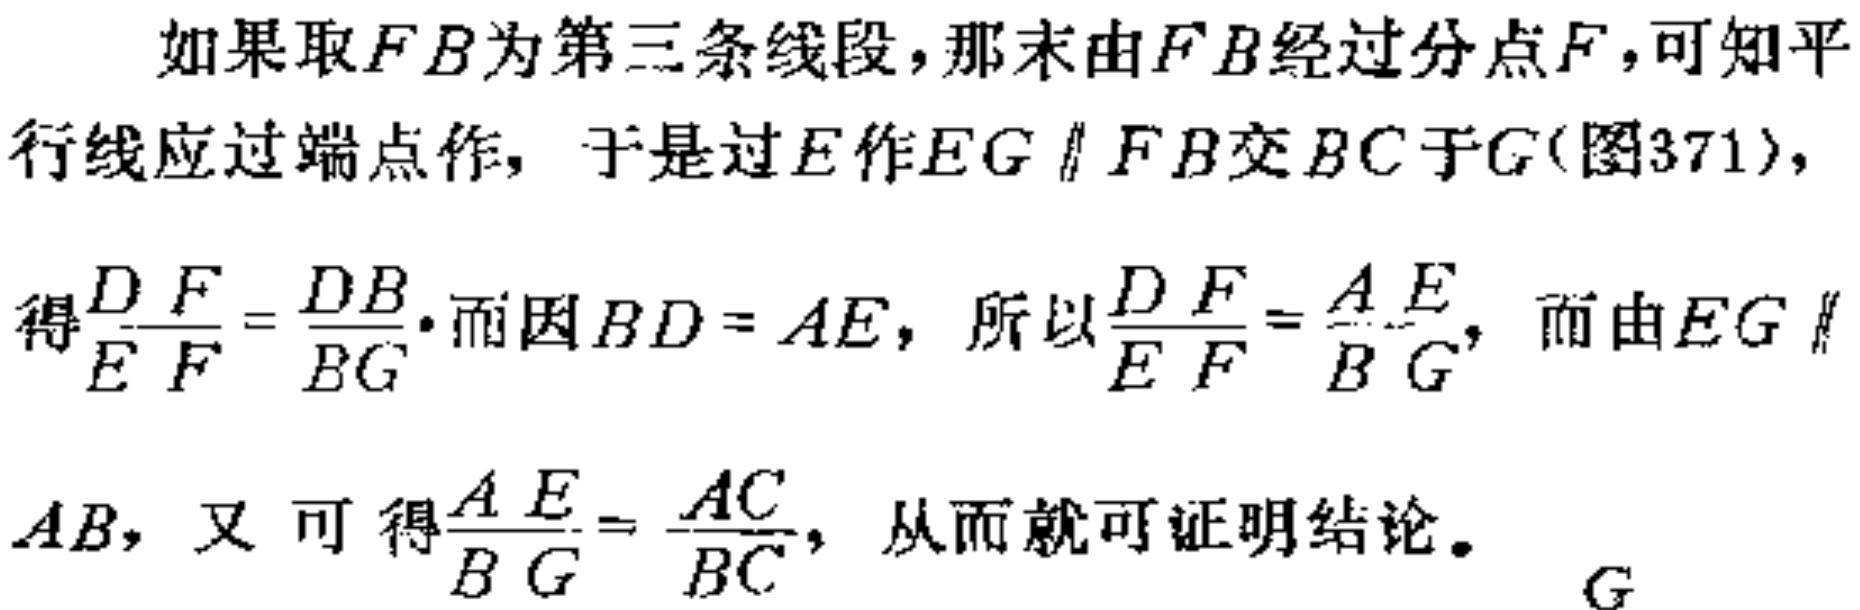
如果取\(FB\)为第三条线段，那末由\(FB\)经过分点\(F\)，可知平行线应过端点作， 于是过\(E\)作\(EG \parallel FB\)交\(BC\)于\(G\)(图371)，
得\(\frac{DF}{EF}=\frac{DB}{BG}\)。而因\(BD = AE\)，所以\(\frac{DF}{EF}=\frac{AE}{BG}\)，而由\(EG \parallel\)
\(AB\)，又可得\(\frac{AE}{BG}=\frac{AC}{BC}\)，从而就可证明结论。